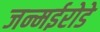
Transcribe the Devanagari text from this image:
जन्मईरोडे